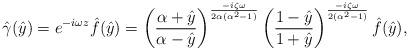
LaTeX: \begin{align*}\hat{\gamma}(\hat{y}) = e^{-i \omega z} \hat{f}(\hat{y}) = \left( \frac{\alpha+\hat{y}}{\alpha-\hat{y}} \right)^{\frac{-i \zeta \omega}{2 \alpha (\alpha^2-1)}} \left( \frac{1-\hat{y}}{1+\hat{y}} \right)^{\frac{-i \zeta \omega}{2 (\alpha^2-1)}} \hat{f}(\hat{y}),\end{align*}